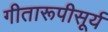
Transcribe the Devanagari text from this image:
गीतारूपीसूर्य